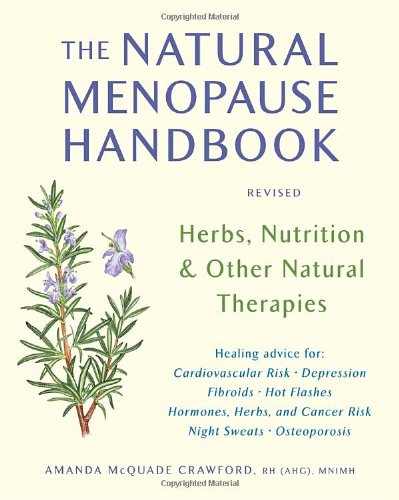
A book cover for The Natural Menopause Handbook: Herbs, Nutrition, & Other Natural Therapies; Amanda McQuade Crawford; Health, Fitness & Dieting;